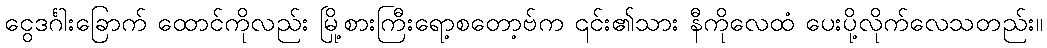
ငွေဒင်္ဂါးခြောက် ထောင်ကိုလည်း မြို့စားကြီးရော့စတော့ဗ်က ၎င်း၏သား နီကိုလေထံ ပေးပို့လိုက်လေသတည်း။